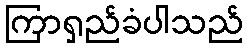
ကြာရှည်ခံပါသည်